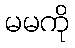
မမကို